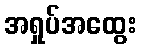
အရှုပ်အထွေး